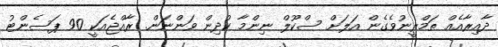
ދާއިރާއެއް ތަމްރީނުވެގެން އަލަށް ސްކޫލް ނިންމާ ކުދިން ވަންނަން. ރާއްޖެއަކީ 90 ޕަސެންޓު